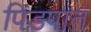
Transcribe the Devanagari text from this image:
पिंडपात